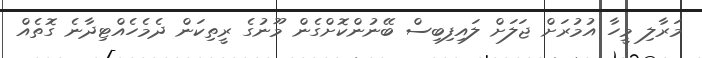
މަރާލި މީހާ އުމުރަށް ޖަލަށް ލައިފިބިސް ބޭނުންކޮށްގެން މޫނުގެ ރީތިކަން ދެމެހެއްޓިދާނެ ގޮތެއް